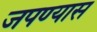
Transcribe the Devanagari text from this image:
जपण्यास